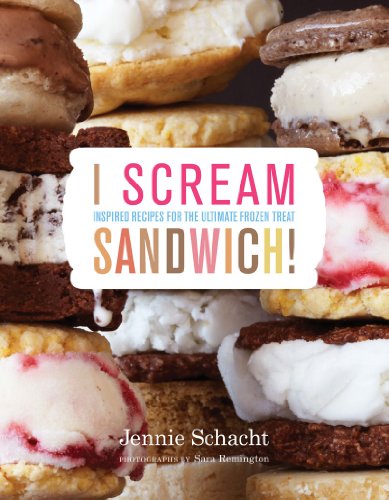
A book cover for I Scream Sandwich: Inspired Recipes for the Ultimate Frozen Treat; Jennie Schacht; Cookbooks, Food & Wine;